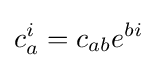
c_{a}^{i}=c_{ab}e^{bi}